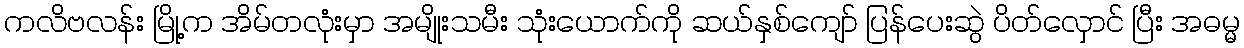
ကလိဗလန်း မြို့က အိမ်တလုံးမှာ အမျိုးသမီး သုံးယောက်ကို ဆယ်နှစ်ကျော် ပြန်ပေးဆွဲ ပိတ်လှောင် ပြီး အဓမ္မ